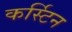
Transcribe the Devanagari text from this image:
कर्स्टिन